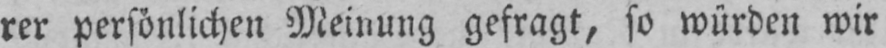
rer persönlichen Meinung gefragt, so würden wir